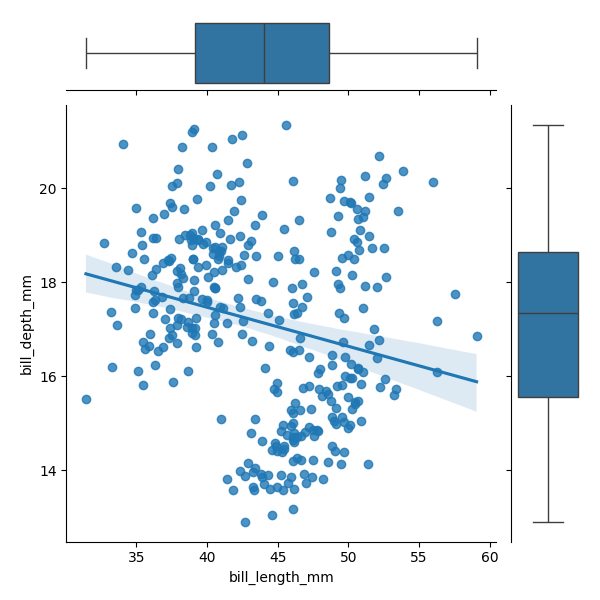
python, seaborn, JointGrid, regplot, boxplot